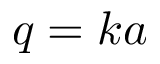
q = k a